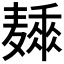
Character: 𱋩